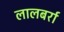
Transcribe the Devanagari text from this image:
लालबर्रा